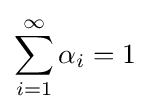
\sum \limits _{i=1}^{\infty }\alpha _{i}=1